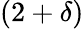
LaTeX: \left(2+\delta\right)